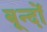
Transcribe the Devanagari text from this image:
बून्दों